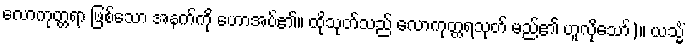
လောကုတ္တရာ ဖြစ်သော အနက်ကို ဟောအပ်၏။ ထိုသုတ်သည် လောကုတ္တရသုတ် မည်၏ ဟူလိုသော်)။ ယသ္မိံ